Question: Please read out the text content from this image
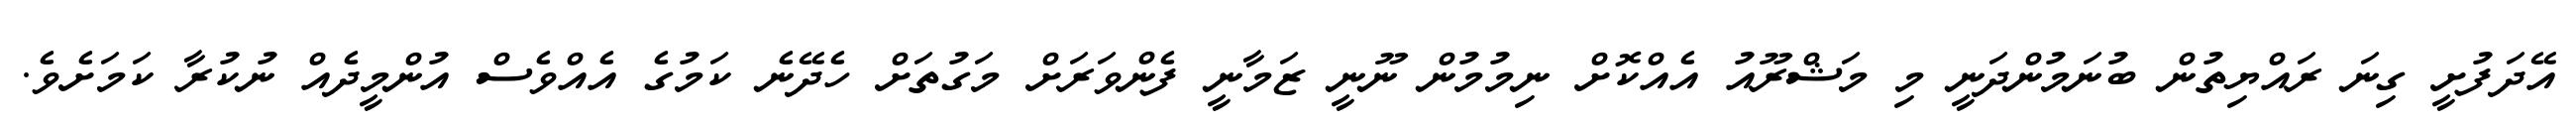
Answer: އޭދަފުށީ ގިނަ ރައްޔިތުން ބުނަމުންދަނީ މި މަޝްރޫއު އެއްކޮށް ނިމުމުން ނޫނީ ޒަމާނީ ފެންވަރަށް މަގުތަށް ހެދޭނެ ކަމުގެ އެއްވެސް އުންމީދެއް ނުކުރާ ކަމަށެވެ.